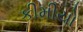
કીમીયો